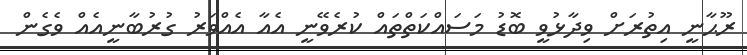
ރޫޙާނީ އިތުރަށް ވިދާޅުވީ ބޮޑު މަސައްކަތްތައް ކުރެވޭނީ އެއާ އެއްވަރު ގުރުބާނީއެއް ވެގެން